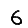
Digit: 6